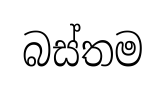
බස්තම